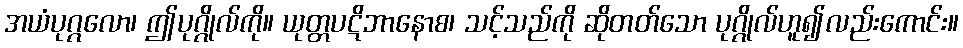
အယံပုဂ္ဂလော၊ ဤပုဂ္ဂိုလ်ကို။ ယုတ္တပဋိဘာနောစ၊ သင့်သည်ကို ဆိုတတ်သော ပုဂ္ဂိုလ်ဟူ၍လည်းကောင်း။